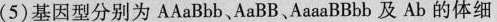
(5)基因型分别为AAaBbb、AaBB、AaaaBBbb及Ab的体细